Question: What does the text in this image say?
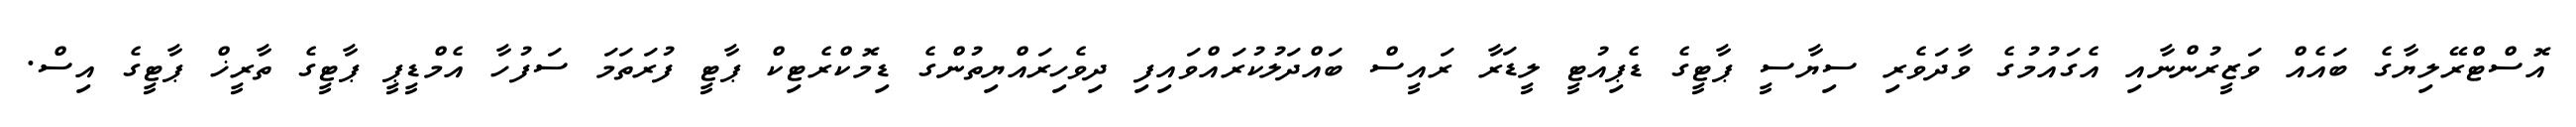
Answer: އޮސްޓްރޭލިޔާގެ ބައެއް ވަޒީރުންނާއި އެގައުމުގެ ވާދަވެރި ސިޔާސީ ޕާޓީގެ ޑެޕިއުޓީ ލީޑަރާ ރައީސް ބައްދަލުކުރައްވައިފި ދިވެހިރައްޔިތުންގެ ޑިމޮކްރެޓިކް ޕާޓީ ފުރަތަމަ ސަފުހާ އެމްޑީޕީ ޕާޓީގެ ތާރީޚް ޕާޓީގެ އިސް.